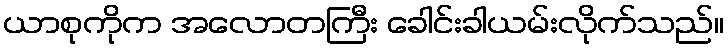
ယာစုကိုက အလောတကြီး ခေါင်းခါယမ်းလိုက်သည်။